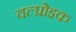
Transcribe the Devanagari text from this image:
वल्प्रोइक